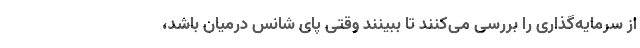
از سرمایه‌گذاری را بررسی می‌کنند تا ببینند وقتی پای شانس درمیان باشد،